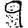
Digit: 9